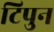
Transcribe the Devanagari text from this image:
टिपुन